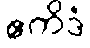
ဧကိဒံ